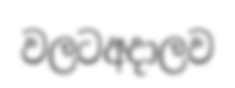
වලටඅදාලව